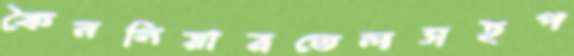
কৈননিয়ারতেলসহপ